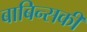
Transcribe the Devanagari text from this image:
बाबिन्सकी